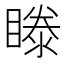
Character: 𥉋